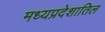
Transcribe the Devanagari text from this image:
मध्यप्रदेशातिल